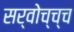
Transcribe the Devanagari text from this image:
सर्वोच्च्च